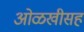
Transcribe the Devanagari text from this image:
ओळखीसह